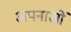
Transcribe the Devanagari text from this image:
अपनाओं